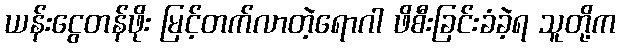
ယန်းငွေတန်ဖိုး မြင့်တက်လာတဲ့ရောဂါ ဖိစီးခြင်းခံခဲ့ရ သူတို့က